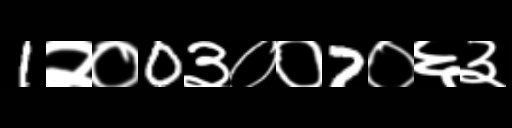
Text: 1२०0३००7०६३